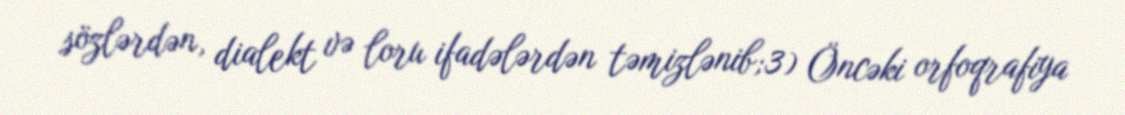
sözlərdən, dialekt və loru ifadələrdən təmizlənib;3) Öncəki orfoqrafiya